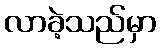
လာခဲ့သည်မှာ